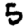
Digit: 5